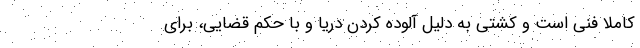
کاملا فنی است و کشتی به دلیل آلوده کردن دریا و با حکم قضایی، برای